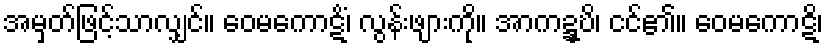
အမှတ်ဖြင့်သာလျှင်။ ဝေမကောဋိံ၊ လွန်းဖျားကို။ အာကဍ္ဍ္ဎိ၊ ငင်၏။ ဝေမကောဋိ၊